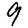
Digit: 9